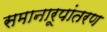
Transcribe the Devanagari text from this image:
समानारूपांतरण